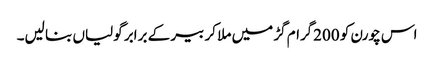
اس چورن کو 200گرام گڑ میں ملا کر بیر کے برابر گولیاں بنا لیں۔